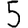
Digit: 5